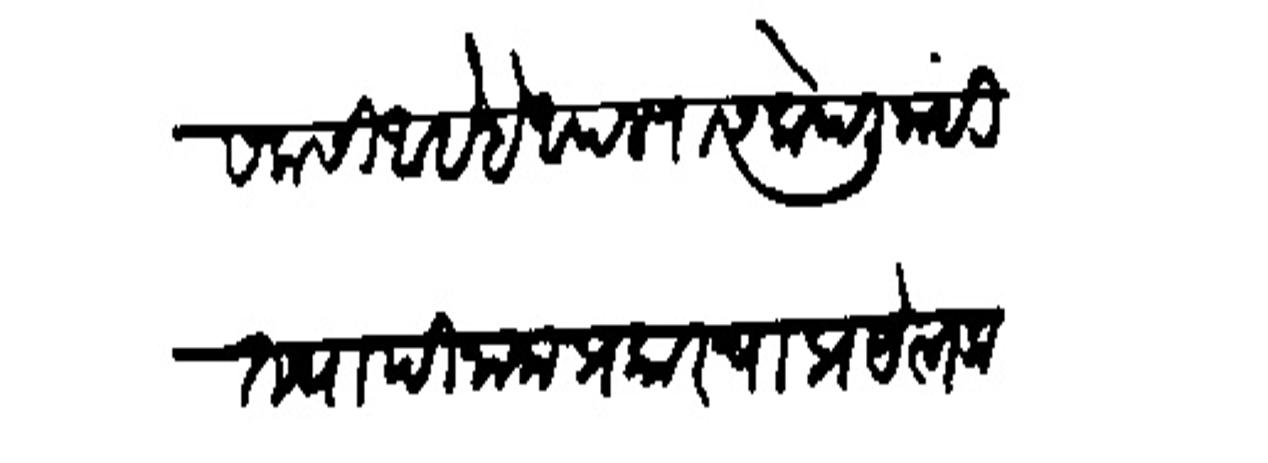
Transliteration (Devanagari): कसकसी आहे हे आपल्यास लोपली नाहीं तथापि नाना प्रकारचा प्रयत्न करून